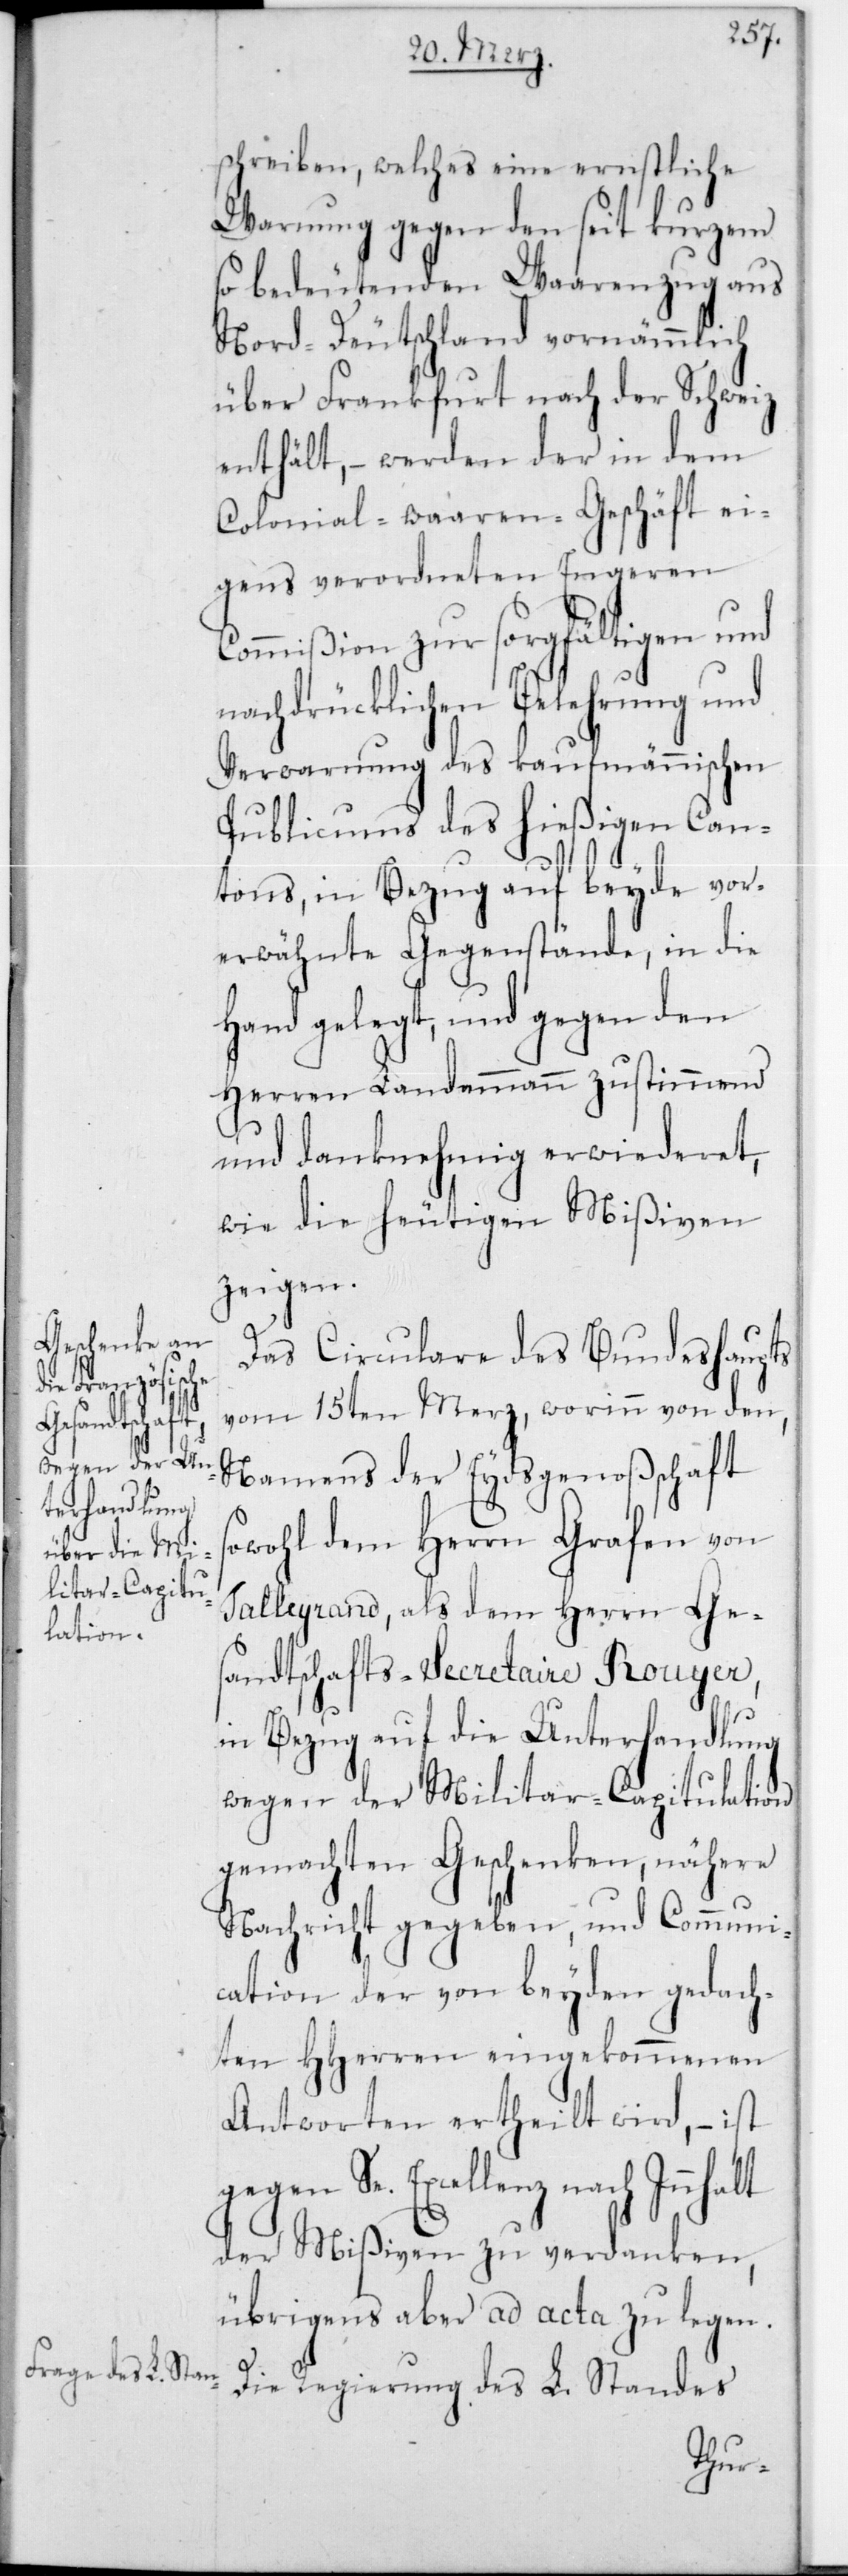
schreiben, welches eine ernstliche
Warnung gegen den seit Kurzem
so bedeutenden Waarenzug aus
Nord-Deutschland vornämmlich
über Frankfurt nach der Schweiz
enthält, – werden der in dem
Colonial-waaren-Geschäft ei¬
gens verordneten Engeren
Commißion zur sorgfältigen und
nachdrücklichen Belehrung und
Verwarnung des kaufmännischen
Publicums des hießigen Can¬
tons, in Bezug auf beyde vor¬
erwähnte Gegenstände, in die
Hand gelegt, und gegen den
Herren Landammann zustimmend
und danknehmig erwiederet,
wie die heutigen Mißiven
gegen
Das Circulare des Bundeshaupts
L. Standes
vom 15ten Merz, worinn von den,
Regierung
Namens der Eydsgenoßenschaft
sowohl dem Herrn Grafen von
Talleyrand, als dem Herrn Ges¬
andtschafts-Secretaire Rouyer,
in Bezug auf die Unterhandlung
wegen der Militar-Capitulation
gemachten Geschenken, nähere
Nachricht gegeben, und Communi¬
cation der von beyden gedach¬
ten HHerren eingekommenen
Antworten ertheilt wird, – ist
Se. Excellenz nach Innhalt
der Mißiven zu verdanken,
übrigens aber ad acta zu legen.